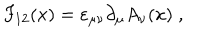
F _ { 1 2 } ( x ) = \varepsilon _ { \mu \nu } \partial _ { \mu } A _ { \nu } ( x ) \; ,